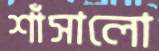
শাঁসালো